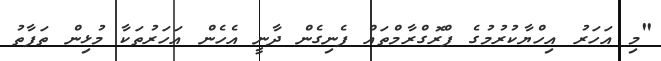
"މި އަހަރު އިހްޔާކުރުމުގެ ޕްރޮގްރާމްތައް ފެނިގެން ދާނީ އެހެން އަހަރުތަކާ މުޅިން ތަފާތު